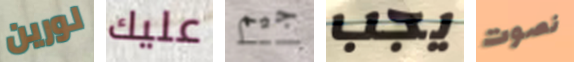
لورين عليك جيم يجب نصوت